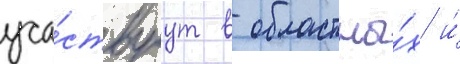
уча́ствуут в областны́х и́